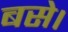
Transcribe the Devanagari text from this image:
बसेे।